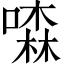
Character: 𠾣